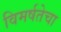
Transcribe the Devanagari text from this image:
विमर्षतेचा